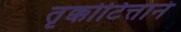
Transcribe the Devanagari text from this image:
तृक्कोटित्तानं